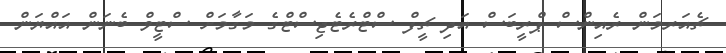
ޗެއަރމަން ރެއިންސް ޕްރީބަސް އަދި ޗީފް ސްޓްރެޓެޖިސްޓްގެ މަގާމަށް ސްޓީވް ބެނަން އައްޔަން